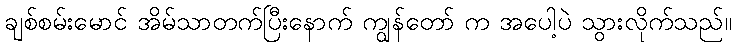
ချစ်စမ်းမောင် အိမ်သာတက်ပြီးနောက် ကျွန်တော် က အပေါ့ပဲ သွားလိုက်သည်။